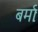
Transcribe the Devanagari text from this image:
बर्माः